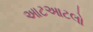
આટઆટલો